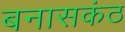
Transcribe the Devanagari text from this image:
बनासकंठ